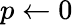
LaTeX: p\leftarrow 0